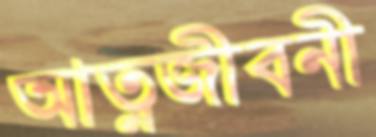
আত্নজীবনী